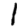
Digit: 1